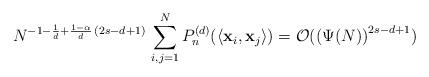
LaTeX: \begin{align*} N^{-1 - \frac{1}{d} + \frac{1-\alpha}{d} \, ( 2s - d + 1 )} \, \sum_{i,j=1}^{N} P_{n}^{(d)}( \langle \mathbf{x}_{i}, \mathbf{x}_{j} \rangle) = \mathcal{O}( \left( \Psi( N ) \right)^{2s - d + 1} )\end{align*}